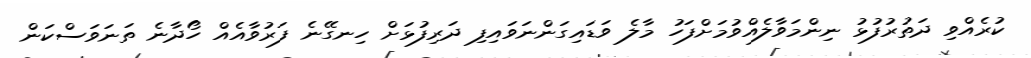
ކުރެއްވި ދަތުރުފުޅު ނިންމަވާލެއްވުމަށްފަހު މާލެ ވަޑައިގަންނަވައިފި ދަރިފުޅަށް ހިނގޭނެ ފަރުވާއެއް ހޯދާނެ ތަނަވަސްކަން